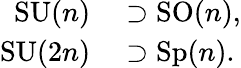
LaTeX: \begin{array}{rl}{\operatorname{SU}(n)}&{{}\supset\operatorname{SO}(n),}\\ {\operatorname{SU}(2n)}&{{}\supset\operatorname{Sp}(n).}\end{array}